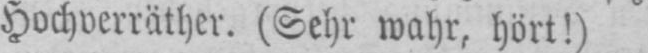
Hochverräter. (Sehr wahr, hört!)